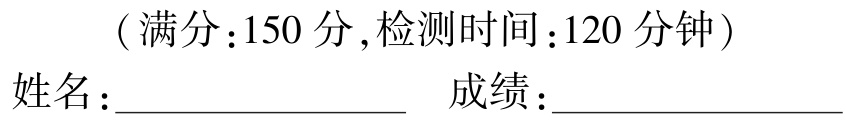
（满分：150 分,检测时间：120 分钟）

姓名：____________________  成绩：____________________